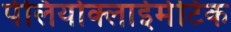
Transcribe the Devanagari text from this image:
पेलियोक्लाईमेटिक